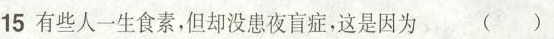
15 有些人一生食素，但却没患夜盲症，这是因为 ()